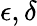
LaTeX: \epsilon,\delta